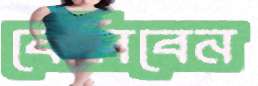
বেলিবেন